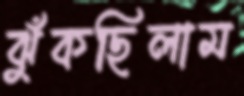
ঝুঁকছিলাম